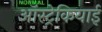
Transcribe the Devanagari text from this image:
ऑस्ट्रेकियाई